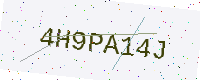
Text: 4H9PA14J